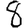
Digit: 8